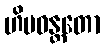
ဟိမဝန္တတော